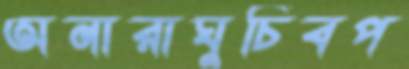
অনারাঘুচিবপ